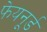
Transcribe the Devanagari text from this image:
फेयनूर्ड